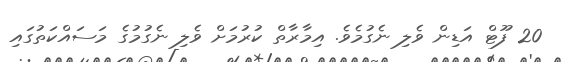
20 ފޫޓް އަޑިން ވެލި ނެގުމެވެ. އިމާރާތް ކުރުމަށް ވެލި ނެގުމުގެ މަސައްކަތުގައި